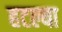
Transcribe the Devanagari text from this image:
हटल्या